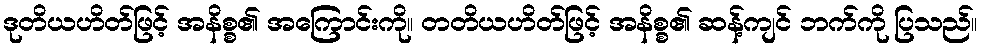
ဒုတိယဟိတ်ဖြင့် အနိစ္စ၏ အကြောင်းကို။ တတိယဟိတ်ဖြင့် အနိစ္စ၏ ဆန့်ကျင် ဘက်ကို ပြသည်။